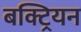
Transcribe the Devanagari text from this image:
बक्ट्रियन